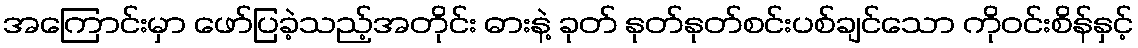
အကြောင်းမှာ ဖော်ပြခဲ့သည့်အတိုင်း ဓားနဲ့ ခုတ် နုတ်နုတ်စင်းပစ်ချင်သော ကိုဝင်းစိန်နှင့်